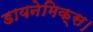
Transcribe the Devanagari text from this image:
डायनेमिक्स।